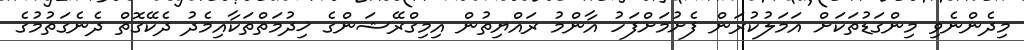
މިދެންނެވި މިންގަޑުތަކަށް އަމަލުކުރަން ފެށުމަށްފަހު އާންމު ރައްޔިތުން އިމިގްރޭޝަންގެ ޚިދުމަތްތަކާއިމެދު ދެކޭގޮތް ދެނެގަތުމުގެ